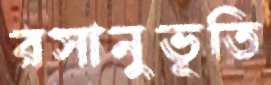
রসানুভূতি